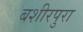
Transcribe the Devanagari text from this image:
बशीरपुरा